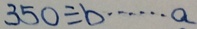
3 5 0 \div b \cdots a